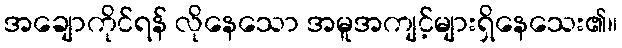
အချောကိုင်ရန် လိုနေသော အမူအကျင့်များရှိနေသေး၏။